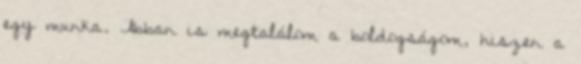
egy munka. Abban is megtalálom a boldogságom, hiszen a